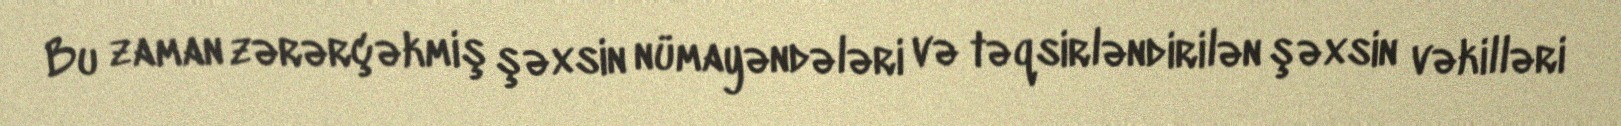
Bu zaman zərərçəkmiş şəxsin nümayəndələri və təqsirləndirilən şəxsin vəkilləri